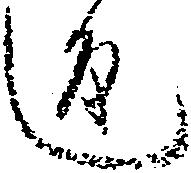
返